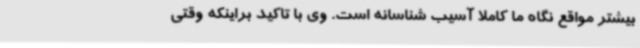
بیشتر مواقع نگاه ما کاملا آسیب شناسانه است. وی با تاکید براینکه وقتی